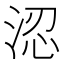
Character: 涊